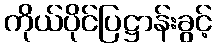
ကိုယ်ပိုင်ပြဋ္ဌာန်းခွင့်